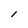
Character: l